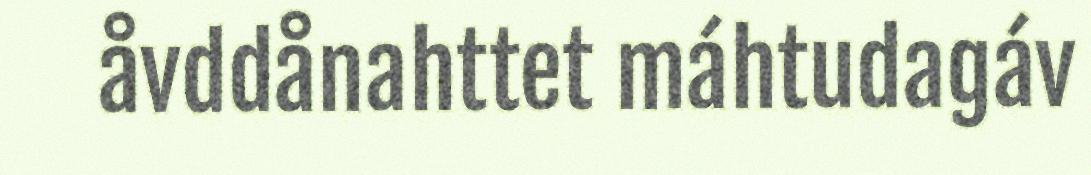
åvddånahttet máhtudagáv